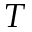
\mathbf { \nabla } T